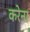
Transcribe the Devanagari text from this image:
करेना